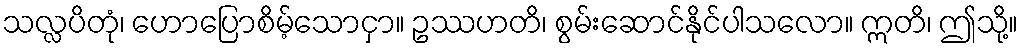
သလ္လပိတုံ၊ ဟောပြောစိမ့်သောငှာ။ ဥဿဟတိ၊ စွမ်းဆောင်နိုင်ပါသလော။ ဣတိ၊ ဤသို့။